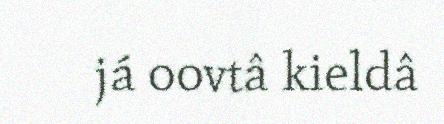
já oovtâ kieldâ